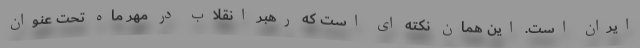
ایران است. این همان نکته ای است که رهبر انقلاب در مهر ماه تحت عنوان